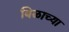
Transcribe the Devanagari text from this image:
बिळाच्या